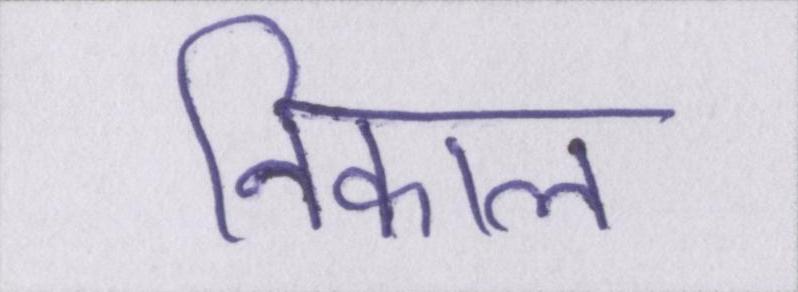
निकाल